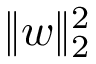
\| \boldsymbol { w } \| _ { 2 } ^ { 2 }